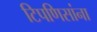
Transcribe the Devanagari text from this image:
टिपणिसांना